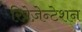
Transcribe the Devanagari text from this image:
रिप्रेज़ेन्टेशन